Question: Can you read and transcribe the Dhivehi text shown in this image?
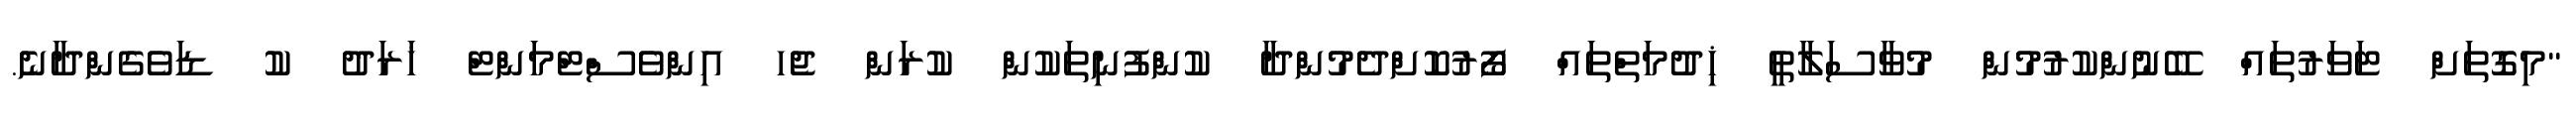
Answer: "މިގޮތަށް ޓަވަރުތައް ބޭނުންކުރުމުން މުވާސަލާތީ ޚިދުމަތްތައް ފޯރުކޮށްދެމުންދާ ކުންފުނިތަކުން ކުރަން ޖެހ އިންވެސްޓްމަންޓް ޚަރަދު ކު ޑަވެގެންދާނެ.